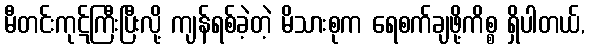
မီတင်းကုဋ်ကြီးပြီးလို့ ကျန်ရစ်ခဲ့တဲ့ မိသားစုက ရေစက်ချဖို့ကိစ္စ ရှိပါတယ်,